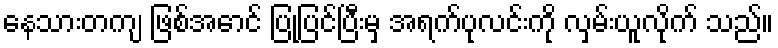
နေသားတကျ ဖြစ်အောင် ပြုပြင်ပြီးမှ အရက်ပုလင်းကို လှမ်းယူလိုက် သည်။